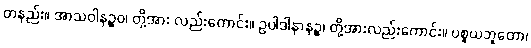
တနည်း။ အာသဝါနဉ္စဝ၊ တို့အား လည်းကောင်း။ ဥပါဒါနာနဉ္စ၊ တို့အားလည်းကောင်း။ ပစ္စယဘူတော၊